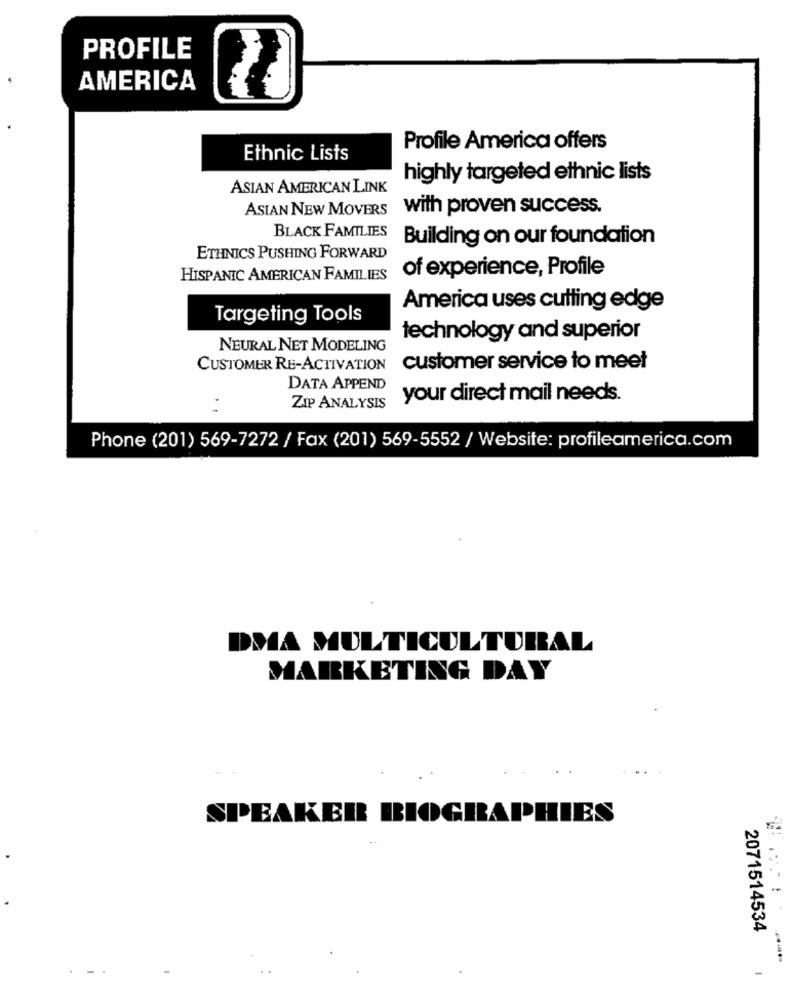
PROFILE
AMERICA
Profile America offers
Ethnic Lists
highly targeted ethnic lists
ASIAN AMERICAN LINK
ASIAN NEW MOVERS
with proven success.
BLACK FAMILIES
Building on our foundation
ETHNICS PUSHING FORWARD
of experience, Profile
HISPANIC AMERICAN FAMILIES
America uses cutting edge
Targeting Tools
technology and superior
NEURAL NET MODELING
CUSTOMER RE-ACTIVATION
customer service to meet
DATA APPEND
your direct mail needs.
ZIP ANALYSIS
Phone (201) 569-7272 / Fax (201) 569-5552 / Website: profileamerica.com
DMA MULTICULTURAL
MARKETING DAY
SPEAKER BIOGRAPHIES
2071514534